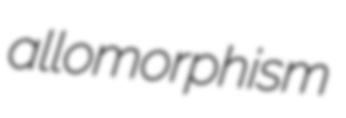
allomorphism